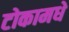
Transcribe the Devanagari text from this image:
टोकामधे